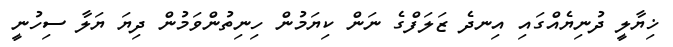
ޚިޔާލީ ދުނިޔެއްގައި އިނދެ ޒަލަފްގެ ނަން ކިޔަމުން ހިނިތުންވަމުން ދިޔަ ޔަލާ ސިހުނީ